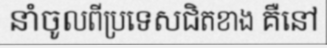
នាំចូលពីប្រទេសជិតខាង គឺនៅ